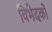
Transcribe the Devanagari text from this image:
विभेदकों